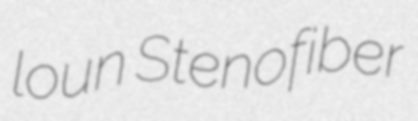
loun Stenofiber